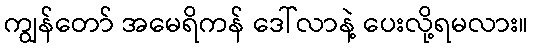
ကျွန်တော် အမေရိကန် ဒေါ်လာနဲ့ ပေးလို့ရမလား။